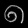
Digit: ၈